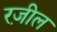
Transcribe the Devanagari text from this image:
रज़ील